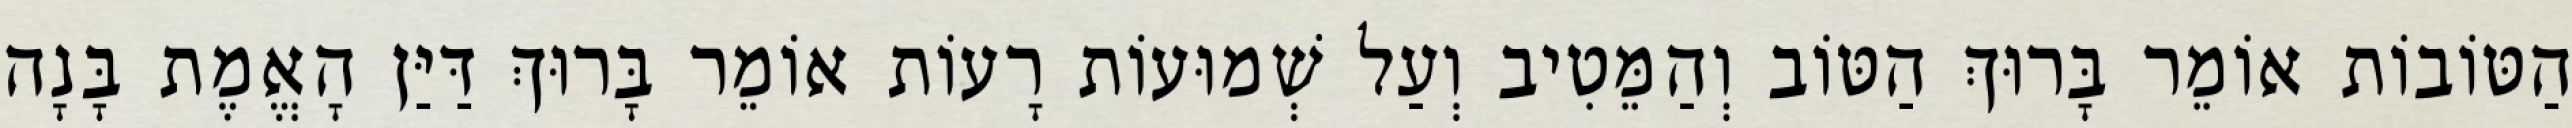
הַטּוֹבוֹת אוֹמֵר בָּרוּךְ הַטּוֹב וְהַמֵּטִיב וְעַל שְׁמוּעוֹת רָעוֹת אוֹמֵר בָּרוּךְ דַּיַּן הָאֱמֶת בָּנָה